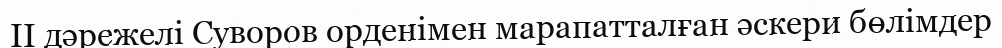
II дәрежелі Суворов орденімен марапатталған әскери бөлімдер